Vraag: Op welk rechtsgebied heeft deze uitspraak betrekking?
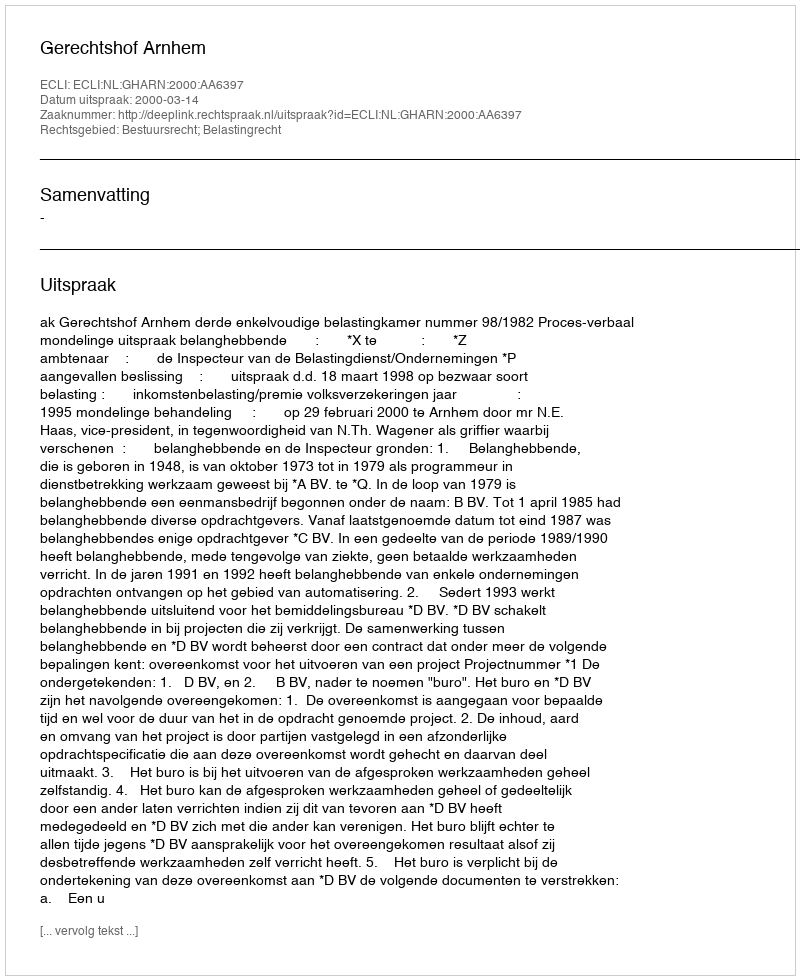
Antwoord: Bestuursrecht; Belastingrecht